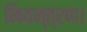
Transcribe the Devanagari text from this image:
नियन्त्रण।